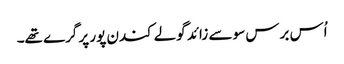
اُس برس سو سے زائد گولے کندن پور پر گرے تھے۔